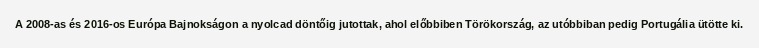
A 2008-as és 2016-os Európa Bajnokságon a nyolcad döntőig jutottak, ahol előbbiben Törökország, az utóbbiban pedig Portugália ütötte ki.